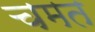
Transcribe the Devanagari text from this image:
चमत